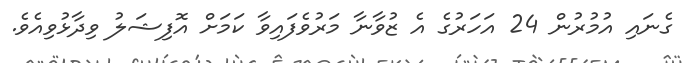
ގެނައި އުމުރުން 24 އަހަރުގެ އެ ޒުވާނާ މަރުވެފައިވާ ކަމަށް އޮފިޝަލު ވިދާޅުވިއެވެ.